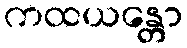
ကထယန္တော